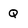
Character: q